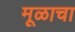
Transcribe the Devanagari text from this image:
मूळाचा